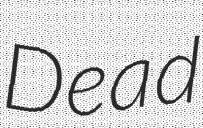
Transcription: Dead